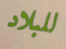
للبلاد